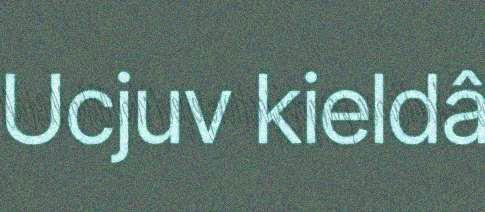
Ucjuv kieldâ